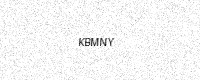
Text: KBMNY